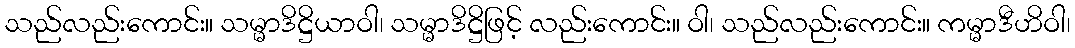
သည်လည်းကောင်း။ သမ္မာဒိဋ္ဌိယာဝါ၊ သမ္မာဒိဋ္ဌိဖြင့် လည်းကောင်း။ ဝါ၊ သည်လည်းကောင်း။ ကမ္မာဒီဟိဝါ၊